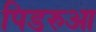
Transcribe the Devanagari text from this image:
पिडरुआ